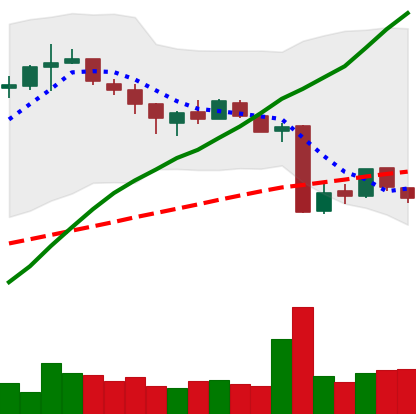
Ticker: BTC-USD
Chart end date: 2015-08-13
Forward return: -20.07%
Label: down_7plus